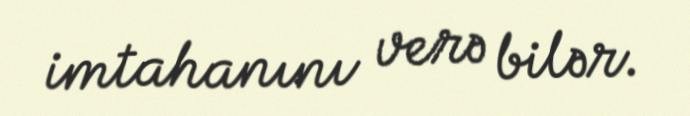
imtahanını verə bilər.